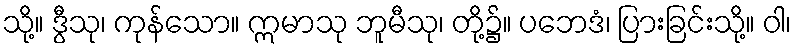
သို့။ ဒွီသု၊ ကုန်သော။ ဣမာသု ဘူမီသု၊ တို့၌။ ပဘေဒံ၊ ပြားခြင်းသို့။ ဝါ၊